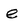
Character: e